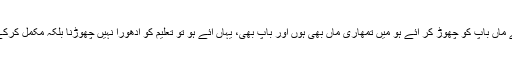
تم سب اپنے ماں باپ کو چھوڑ کر آئے ہو میں تمھاری ماں بھی ہوں اور باپ بھی، یہاں آئے ہو تو تعلیم کو ادھورا نہیں چھوڑنا بلکہ مکمل کرکے جانا ہے۔